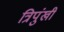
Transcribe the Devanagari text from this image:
त्रिपुंखी